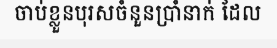
ចាប់ខ្លួនបុរសចំនួនប្រាំនាក់ ដែល